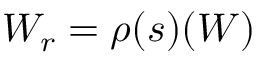
W _ { r } = \rho ( s ) ( W )